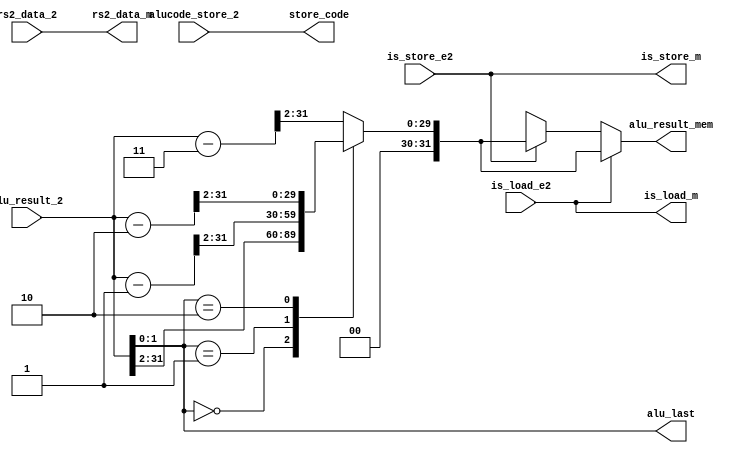
`timescale 1ns / 1ps
//////////////////////////////////////////////////////////////////////////////////
// Company: 
// Engineer: 
// 
// Design Name: 
// Module Name: rs1_rs2_controller
// Project Name: 
// Target Devices: 
// Tool Versions: 
// Description: 
// 
// Dependencies: 
// 
// Revision:
// Revision 0.01 - File Created
// Additional Comments:
// 
//////////////////////////////////////////////////////////////////////////////////


module data_controller(
    input wire [31:0] rs2_data_2, input wire [31:0] alu_result_2, 
    input wire is_load_e2, input wire is_store_e2, input wire [5:0] alucode_store_2,
    output wire is_load_m, output wire is_store_m, output wire [31:0] alu_result_mem,
    output wire [1:0] alu_last, output wire [31:0] rs2_data_m, output wire [5:0] store_code
    );

function [31:0] get_memory_address;
    input [31:0] alu_result_2;
    input is_load_e2;
    input is_store_e2;
    begin
        if (is_load_e2) begin
            case(alu_result_2[1:0])
                2'd0: get_memory_address = alu_result_2 >> 32'd2;
                2'd1: get_memory_address = (alu_result_2 - 32'd1) >> 32'd2;
                2'd2: get_memory_address = (alu_result_2 - 32'd2) >> 32'd2;
                default: get_memory_address = (alu_result_2 - 32'd3) >> 32'd2;
            endcase
        end
        else if (is_store_e2) begin
            case(alu_result_2[1:0])
                2'd0: get_memory_address = alu_result_2 >> 32'd2;
                2'd1: get_memory_address = (alu_result_2 - 32'd1) >> 32'd2;
                2'd2: get_memory_address = (alu_result_2 - 32'd2) >> 32'd2;
                default: get_memory_address = (alu_result_2 - 32'd3) >> 32'd2;
            endcase
        end
    end
endfunction
    assign is_load_m = is_load_e2;
    assign is_store_m = is_store_e2;
    assign alu_result_mem = get_memory_address(alu_result_2, is_load_e2, is_store_e2);
    assign alu_last = alu_result_2[1:0];
    assign rs2_data_m = rs2_data_2;
    assign store_code = alucode_store_2;
endmodule